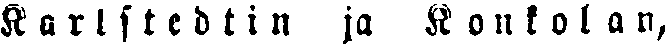
Karlstedtin ja Konkolan,